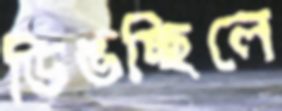
ডিঙচ্ছিলে